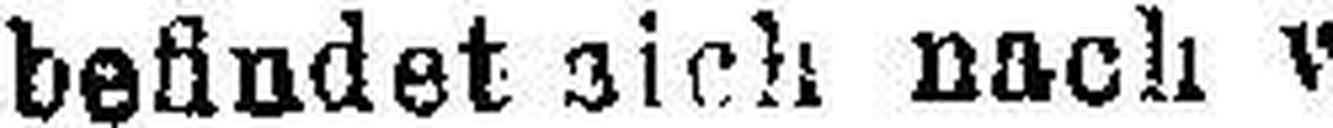
befindet sich nach wie vor